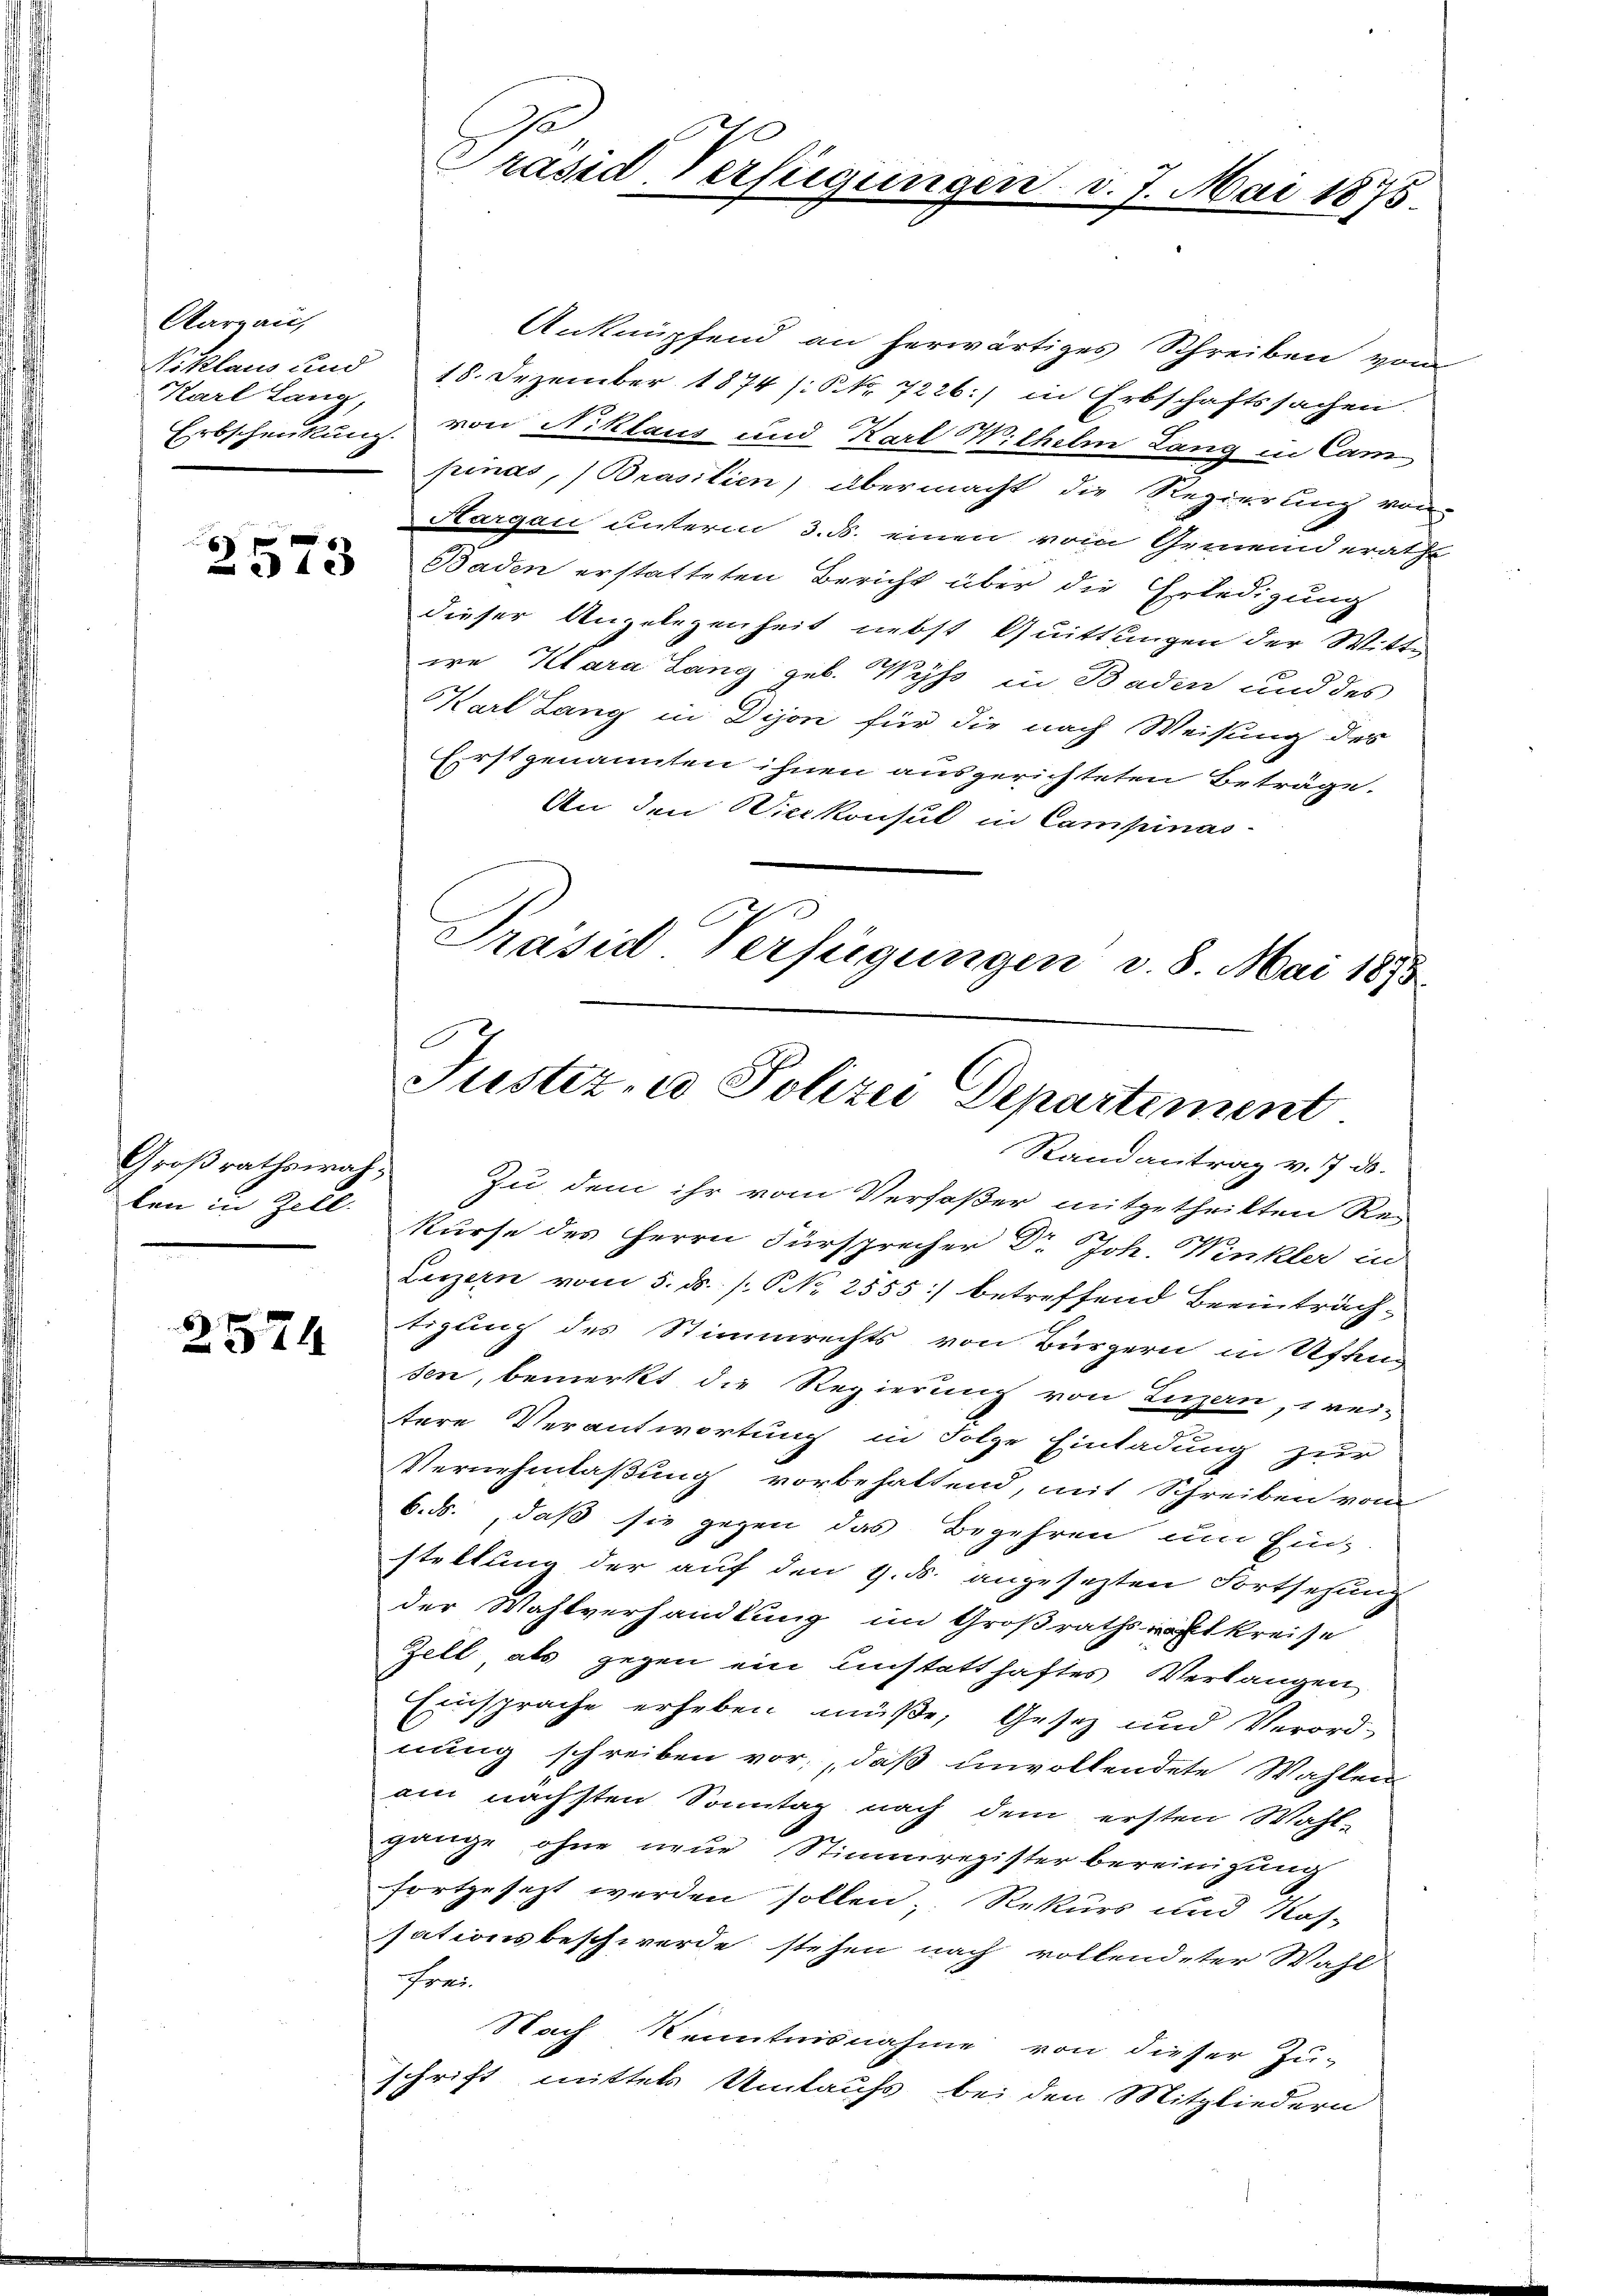
Aargau,
Niklaus und
Karl Lang,

x
2573

Großrathswahlen in Zell

2574

Anknüpfend an herwärtiges Schreiben vom
18. Dezember 1874 /:S.Nr. 7226:/ in Erbschaftssachen.
Erbschenkung von Niklaus und Karl Wilhelm Lang in Cam
pinas, Brasilien) übermacht die Regierung von
Aargau unterm 3. ds. einen vom Gemeinderathe
Baden erstatteten Bericht über die Erledigung
dieser Angelegenheit nebst Quittungen der Witte
ie Klara Lang geb. Wyss in Baden und des
Karl Lang in Dijon für die nach Weisung des
Erstgenannten ihnen ausgerichteten Beträge.
An den Vicekonsul in Campinas-
Präsid Verfügungen v. 8. Mai 1873.

Präsid. Verfügunge

7. Mai 1875.

Justiz- & Polizei Departement
Randantrag v. 7. ds.

Zu dem ihr vom Verfaßer mitgetheilten Rekurse des Herrn Fürsprecher Dr. Joh. Winkler in
Luzern vom 5. ds. /: NNo. 2555) betreffend Beeinträchtigung des Stimmrechts von Bürgern in Uffing
sen, bemerkt die Regierung von Luzern, wei-
tere Verantwortung in Folge Einladung zur
Vernehmlaßung vorbehaltend, mit Schreiben vom
6. ds. daß sie gegen das Begehren um Einz
stellung der auf den 9. ds. angesezten Fortsehung
der Wahlverhandlung im Großrathsaftkreise
Zell als gegen ein Einstatthaftes Verlangen
Einsprache erheben müße, Gesetz und Verordnung schreiben vor, daß unvollendete Wahlen
am nächsten Sonntag nach dem ersten Wahl-
gänge ohne neue Stimmregister bereinigung
fortgesezt werden sollen, Rekurs und Kos-
sationsbeschwerde stehen nach vollendeter Wahl
Frei
Nach Kenntnisnahme von dieser Zu-
schrift mitter Umlaufs bei den Mitgliedern